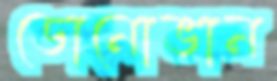
ডোনোভান